NAE_ERA_R-2324_Eesti_Vabariigi_Pohiseaduslik_Assamblee, lk 115
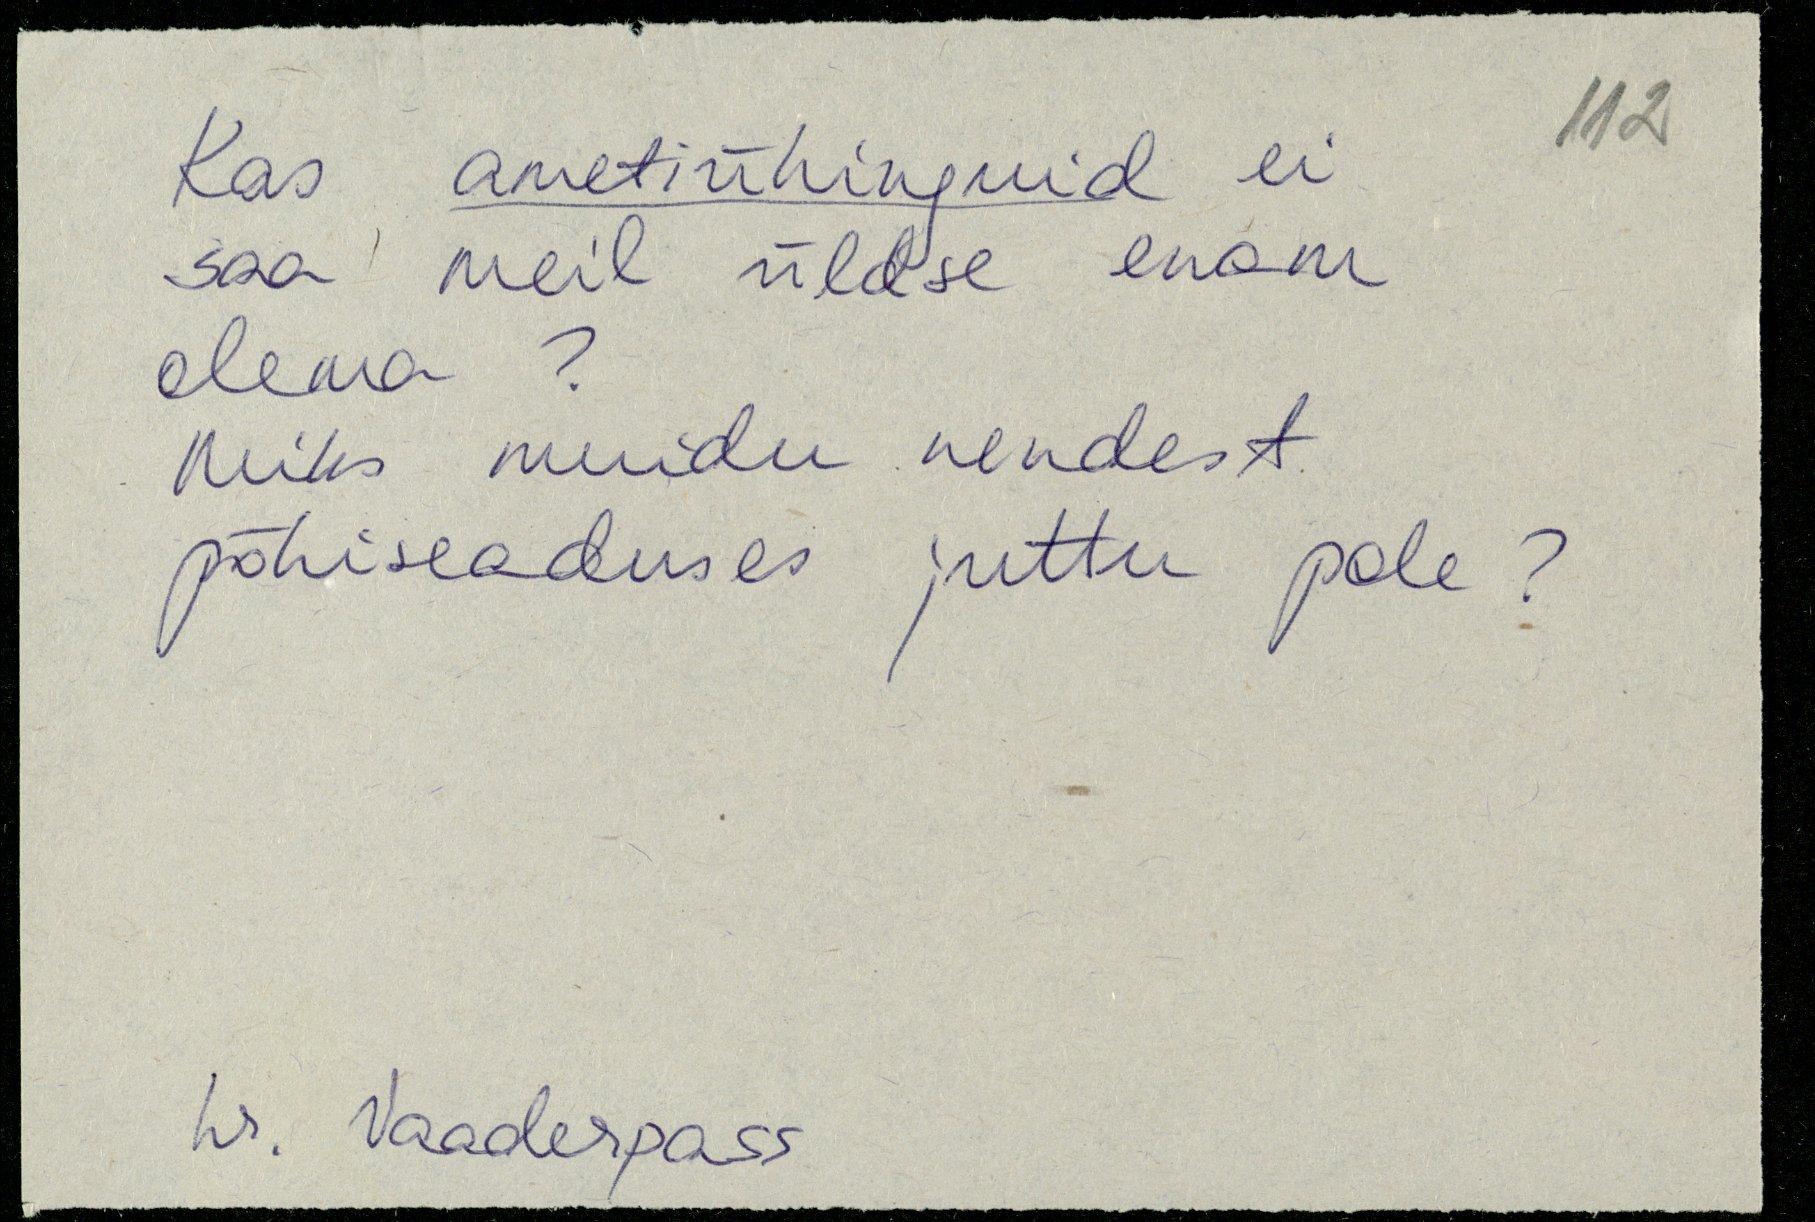
Kas ametiühnguid ei
saa meil üldse enam
olema?
Miks muidu nendest
põhiseaduses juttu pole?
hr. Vaaderpass